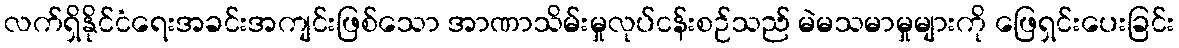
လက်ရှိနိုင်ငံရေးအခင်းအကျင်းဖြစ်သော အာဏာသိမ်းမှုလုပ်ငန်းစဉ်သည် မဲမသမာမှုများကို ဖြေရှင်းပေးခြင်း